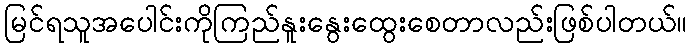
မြင်ရသူအပေါင်းကိုကြည်နူးနွေးထွေးစေတာလည်းဖြစ်ပါတယ်။